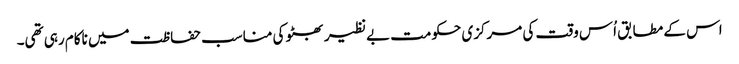
اس کے مطابق اُس وقت کی مرکزی حکومت بے نظیر بھٹو کی مناسب حفاظت میں ناکام رہی تھی۔